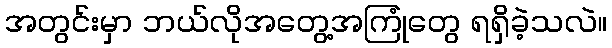
အတွင်းမှာ ဘယ်လိုအတွေ့အကြုံတွေ ရရှိခဲ့သလဲ။